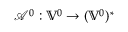
\mathcal { A } ^ { 0 } : \mathbb { V } ^ { 0 } \to ( \mathbb { V } ^ { 0 } ) ^ { * }